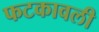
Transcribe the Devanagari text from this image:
फटकावली